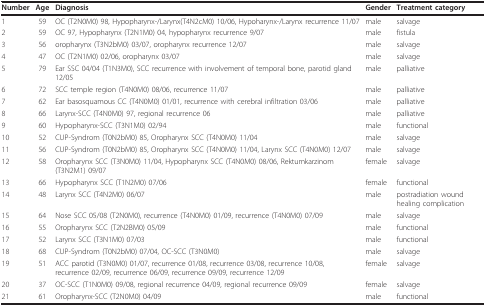
<table><thead><tr><td><b>Number</b></td><td><b>Age</b></td><td><b>Diagnosis</b></td><td><b>Gender</b></td><td><b>Treatment category</b></td></tr></thead><tbody><tr><td>1</td><td>59</td><td>OC (T2N0M0) 98, Hypopharynx-/Larynx(T4N2cM0) 10/06, Hypoharynx-/Larynx recurrence 11/07</td><td>male</td><td>salvage</td></tr><tr><td>2</td><td>59</td><td>OC 97, Hypopharynx (T2N1M0) 04, hypopharynx recurrence 9/07</td><td>male</td><td>fistula</td></tr><tr><td>3</td><td>56</td><td>oropharynx (T3N2bM0) 03/07, oropharynx recurrence 12/07</td><td>male</td><td>salvage</td></tr><tr><td>4</td><td>47</td><td>OC (T2N1M0) 02/06, oropharynx 03/07</td><td>male</td><td>salvage</td></tr><tr><td>5</td><td>79</td><td>Ear SSC 04/04 (T1N3M0), SCC recurrence with involvement of temporal bone, parotid gland 12/05</td><td>male</td><td>palliative</td></tr><tr><td>6</td><td>72</td><td>SCC temple region (T4N0M0) 08/06, recurrence 11/07</td><td>male</td><td>palliative</td></tr><tr><td>7</td><td>62</td><td>Ear basosquamous CC (T4N0M0) 01/01, recurrence with cerebral infiltration 03/06</td><td>male</td><td>palliative</td></tr><tr><td>8</td><td>66</td><td>Larynx-SCC (T4N0M0) 97, regional recurrence 06</td><td>male</td><td>palliative</td></tr><tr><td>9</td><td>60</td><td>Hypopharynx-SCC (T3N1M0) 02/94</td><td>male</td><td>functional</td></tr><tr><td>10</td><td>52</td><td>CUP-Syndrom (T0N2bM0) 85, Oropharynx SCC (T4N0M0) 11/04</td><td>male</td><td>salvage</td></tr><tr><td>11</td><td>56</td><td>CUP-Syndrom (T0N2bM0) 85, Oropharynx SCC (T4N0M0) 11/04, Larynx SCC (T4N0M0) 12/07</td><td>male</td><td>salvage</td></tr><tr><td>12</td><td>58</td><td>Oropharynx SCC (T3N0M0) 11/04, Hypopharynx SCC (T4N0M0) 08/06, Rektumkarzinom (T3N2M1) 09/07</td><td>female</td><td>salvage</td></tr><tr><td>13</td><td>66</td><td>Hypopharynx SCC (T1N2M0) 07/06</td><td>female</td><td>functional</td></tr><tr><td>14</td><td>48</td><td>Larynx SCC (T4N2M0) 06/07</td><td>male</td><td>postradiation wound healing complication</td></tr><tr><td>15</td><td>64</td><td>Nose SCC 05/08 (T2N0M0), recurrence (T4N0M0) 01/09, recurrence (T4N0M0) 07/09</td><td>male</td><td>salvage</td></tr><tr><td>16</td><td>55</td><td>Oropharynx SCC (T2N2BM0) 05/09</td><td>male</td><td>functional</td></tr><tr><td>17</td><td>52</td><td>Larynx SCC (T3N1M0) 07/03</td><td>male</td><td>functional</td></tr><tr><td>18</td><td>68</td><td>CUP-Syndrom (T0N2bM0) 07/04, OC-SCC (T3N0M0)</td><td>male</td><td>salvage</td></tr><tr><td>19</td><td>51</td><td>ACC parotid (T3N0M0) 01/07, recurrence 01/08, recurrence 03/08, recurrence 10/08, recurrence 02/09, recurrence 06/09, recurrence 09/09, recurrence 12/09</td><td>female</td><td>salvage</td></tr><tr><td>20</td><td>37</td><td>OC-SCC (T1N0M0) 09/08, regional recurrence 04/09, regional recurrence 09/09</td><td>female</td><td>salvage</td></tr><tr><td>21</td><td>61</td><td>Oropharynx-SCC (T2N0M0) 04/09</td><td>male</td><td>functional</td></tr></tbody></table>